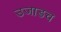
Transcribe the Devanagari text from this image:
उजाडच